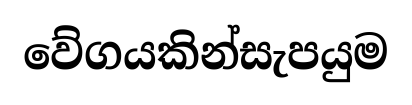
වේගයකින්සැපයුම